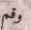
وقم